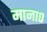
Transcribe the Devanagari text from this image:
माना०